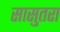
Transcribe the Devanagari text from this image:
सासुतरा